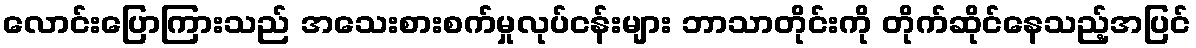
လောင်းပြောကြားသည် အသေးစားစက်မှုလုပ်ငန်းများ ဘာသာတိုင်းကို တိုက်ဆိုင်နေသည့်အပြင်